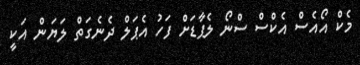
މެކް އޯއެސް އެކްސް ސްނޯ ލެޕާޑަށް ފަހު އެޕަލް ދެނެގަތް ލަޔަން އަކީ